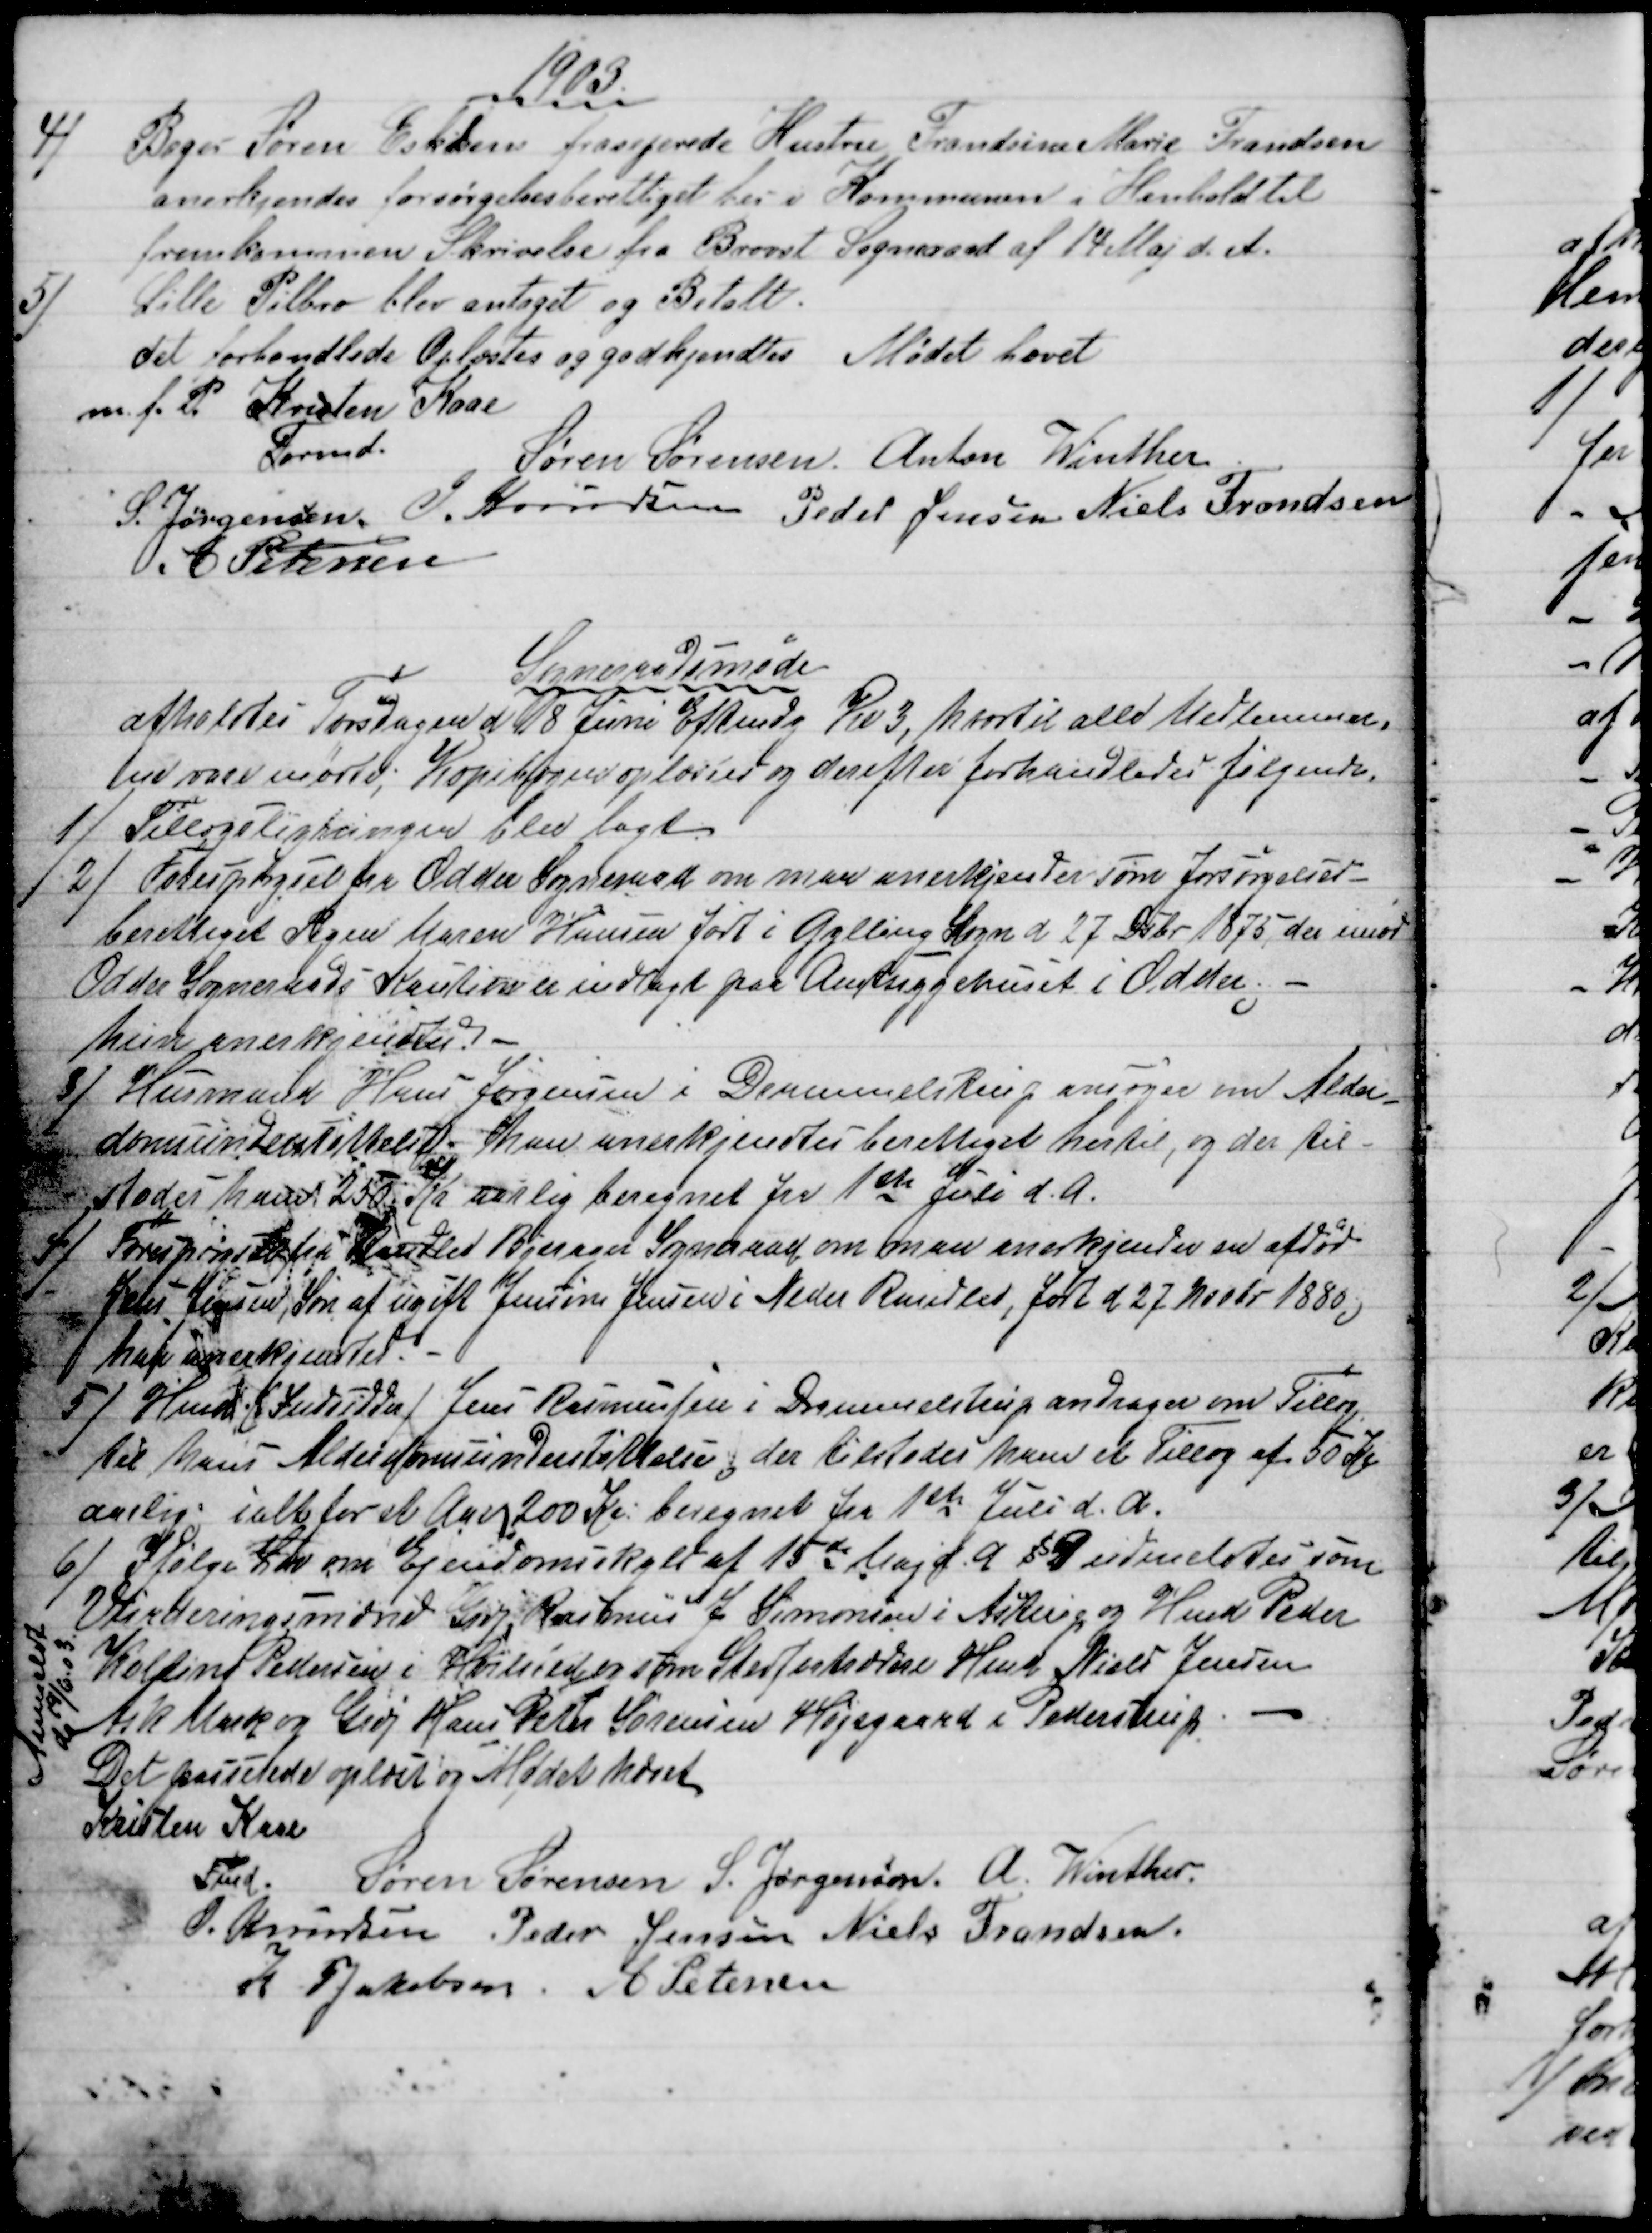
Transskription:
1903
4)
Bager Søren Eskesens fraseperede Hustru Frandsine Marie Frandsen
anerkjendes forsørgelsesberettiget her i Kommunen i Henhold til
fremkommen Skrivelse fra Brovst Sogneraad af 14 Maj d. A.
5)
Lille Pilbro blev antaget og Betalt.
det forhandlede Oplæstes og godkjendtes. Mødet hævet
m. f. P. Kristen Kaae
Formd.
Søren Sørensen Anton Winther
S. Jørgensen. J. Knudsen Peder Jensen Niels Frandsen
A. Petersen
Sogneraadsmøde
afholdtes Torsdagen d 18 Juni Eftmdg  Kl 3, hvortil alle Medlemmer-
ne vare mødte; Kopibogen oplæstes og derefter forhandledes følgende.
1) 
Tillægsligningen blev lagt
2)
Forespørgsel til Odder Sogneraad om man anerkjender som forsørgelses-
berettiget Pigen Maren Hansen født i Gylling Sogn d 27 Dcbr 1875, der imod
Odder Sogneraads Kaution er indlagt paa Amtssygehuset i Odder;
hun anerkjendtes.
3) 
Husmand Hans Jørgensen i Drammelstrup ansøger om Alder
-
domsunderstøttelse. han anerkjendtes berettiget hertil, og der til-
stodes ham 250 Kr aarlig beregnet fra 1ste Juli d. A.
4)
Forespørgsel  fra Kasted Bjerager Sogneraad om man anerkjender en afdød
Jens Jensen, Søn af ugift Jensine Jensen i Neder Randlev, født d 27 Novbr 1880,
han anerkjendtes.
5) 
Hmd. (Indsidder) Jens Rasmussen i Drammelstrup andrager om Tillæg
til hans Alderdomsunderstøttelse; der tilstodes ham et Tillæg af 50 Kr
aarlig; ialt for et Aar 200 Kr: beregnet fra 1ste Juli d. A.
6) 
Ifølge Lov om Ejendomsskyld af 15de Maj d. A. § 9 udmeldtes som
Vurderingsmænd Grdj Rasmus J. Simonsen i Astrup og Hmd Peder
Kolling Pedersen i Hvilsted som Stedfortrædere Hmd Niels Jensen
Ask Mark og Grdj Hans Peter Sørensen Højsgaard i Pederstrup. 
Anmeldt
d 19/6. 03
Det passerede oplæst og Mødet hævet
Kristen Kaae
Fmd.
Søren Sørensen S. Jørgensen. A. Winther.
J. Knudsen Peder Jensen Niels Frandsen.
K P Jakobsen A Petersen